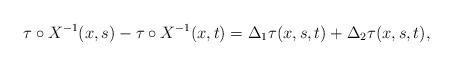
LaTeX: \begin{align*}\tau \circ X^{-1} (x,s) - \tau \circ X^{-1} (x,t) = \Delta_1 \tau (x,s,t) + \Delta_2 \tau (x,s,t),\end{align*}